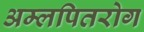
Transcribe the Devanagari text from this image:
अम्लपितरोग